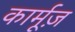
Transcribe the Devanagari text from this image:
कार्मूज़